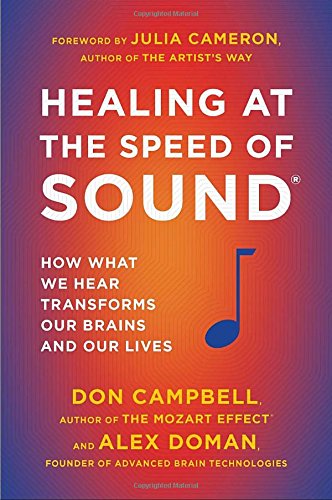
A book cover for Healing at the Speed of Sound: How What We Hear Transforms Our Brains and Our Lives; Don Campbell; Science & Math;